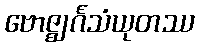
ဗောဇ္ဈင်္ဂသံယုတဿ